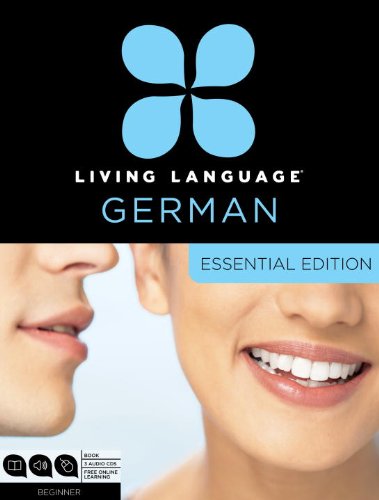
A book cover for Living Language German, Essential Edition: Beginner course, including coursebook, 3 audio CDs, and free online learning; Living Language; Education & Teaching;